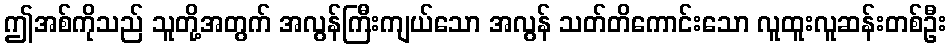
ဤအစ်ကိုသည် သူတို့အတွက် အလွန်ကြီးကျယ်သော အလွန် သတ်တိကောင်းသော လူထူးလူဆန်းတစ်ဦး